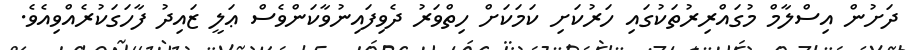
ދަށުން އިސްލާމް މުގައްރިރުތަކުގައި ހަރުކަށި ކަމަކަށް ހިތްވަރު ދެވިފައިނުވާކަންވެސް ޢަލީ ޒައިދު ފާހަގަކުރެއްވިއެވެ.